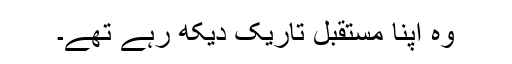
وہ اپنا مستقبل تاریک دیکھ رہے تھے۔